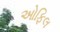
ઓફિલ